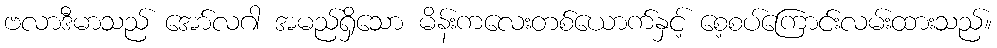
ဗလာဒီမာသည် အော်လဂါ အမည်ရှိသော မိန်းကလေးတစ်ယောက်နှင့် စေ့စပ်ကြောင်းလမ်းထားသည်။